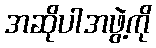
အဆိုပါအဖွဲ့ကို